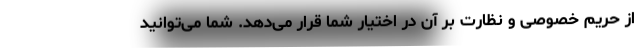
از حریم خصوصی و نظارت بر آن در اختیار شما قرار می‌دهد. شما می‌توانید